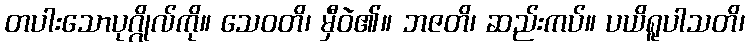
တပါးသောပုဂ္ဂိုလ်ကို။ သေဝတိ၊ မှီဝဲ၏။ ဘဇတိ၊ ဆည်းကပ်။ ပယိရူပါသတိ၊